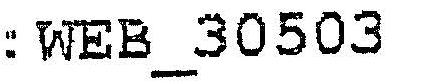
:WEB_30503